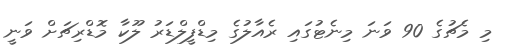
މި މެޗުގެ 90 ވަނަ މިނެޓުގައި ރެއާލުގެ މިޑްފީލްޑަރު ލޫކާ މޮޑްރިޗަށް ވަނީ